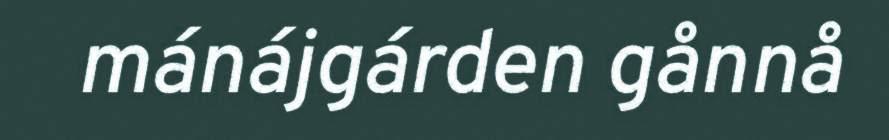
mánájgárden gånnå